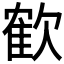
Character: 𣤇